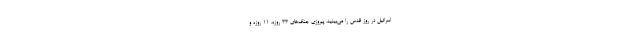
اسرائیل در روز قدس را می‌بینید. پیروزی‌ جنگ‌های ۳۳ روزه، ۱۱ روزه و